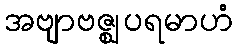
အဗျာဗဇ္ဈပရမာဟံ